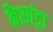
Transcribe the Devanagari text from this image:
कैसांड्रा